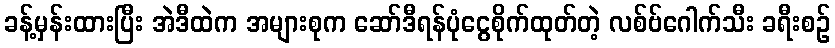
ခန့်မှန်းထားပြီး အဲဒီထဲက အများစုက ဆော်ဒီရန်ပုံငွေစိုက်ထုတ်တဲ့ လစ်ဗ်ဂေါက်သီး ခရီးစဉ်